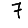
Digit: 7